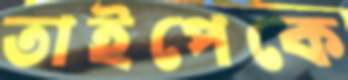
তাইপেকে